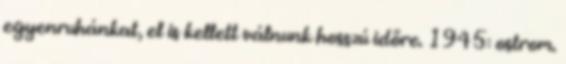
egyenruhánkat, el is kellett válnunk hosszú időre. 1945: ostrom.